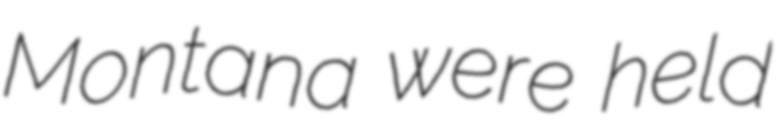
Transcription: Montana were held